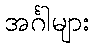
အင်္ဂါများ